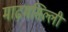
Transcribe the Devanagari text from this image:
माढ़मसिल्ली